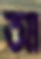
আ